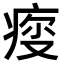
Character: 𤶤